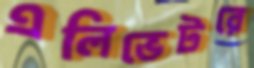
এলিভেটরে